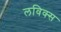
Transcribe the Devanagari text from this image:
लविक्स